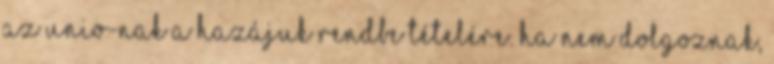
az Unio-nak a hazájuk rendbe tételére. Ha nem dolgoznak,